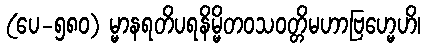
(ပေ-၅၈၀) မ္မာနရတိပရနိမ္မိတဝသဝတ္တိမဟာဗြဟ္မေဟိ၊